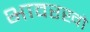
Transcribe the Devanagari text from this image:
भावरखो